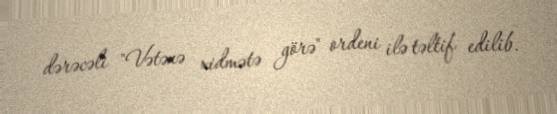
dərəcəli "Vətənə xidmətə görə" ordeni ilə təltif edilib.